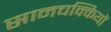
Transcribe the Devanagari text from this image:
सानचक्कियों